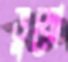
ভুষো